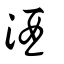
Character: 酒